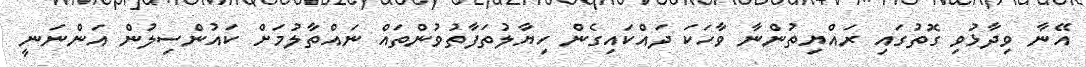
އޭނާ ވިދާޅުވި ގޮތުގައި ރައްޔިތުންނާ ވާހަކަ ދައްކައިގެން ހިޔާލުތަފާތުވުންތައް ނައްތާލުމަށް ކައުންސިލުން އަންނަނީ